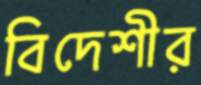
বিদেশীর